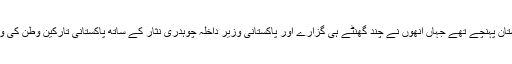
دمتری آورامو پُولس سوموار کے روز پاکستان پہنچے تھے جہاں انھوں نے چند گھنٹے ہی گزارے اور پاکستانی وزیر داخلہ چوہدری نثار کے ساتھ پاکستانی تارکین وطن کی واپسی کے لیے نئے طریقہ کار پر اتفاق کیا۔